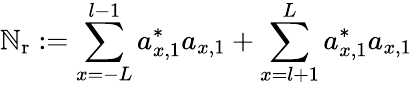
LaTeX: \mathbb{N}_{\mathrm{{r}}}:=\sum_{x=-L}^{l-1}a_{x,1}^{\ast}a_{x,1}+\sum_{x=l+1}^{L}a_{x,1}^{\ast}a_{x,1}